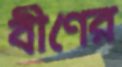
বীণের